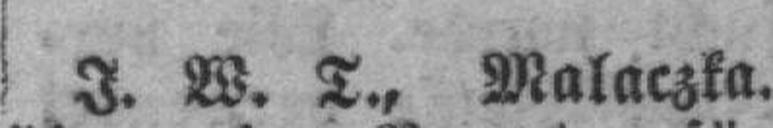
J. W. T., Malaczka.